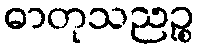
ဓာတုသညဉ္စ